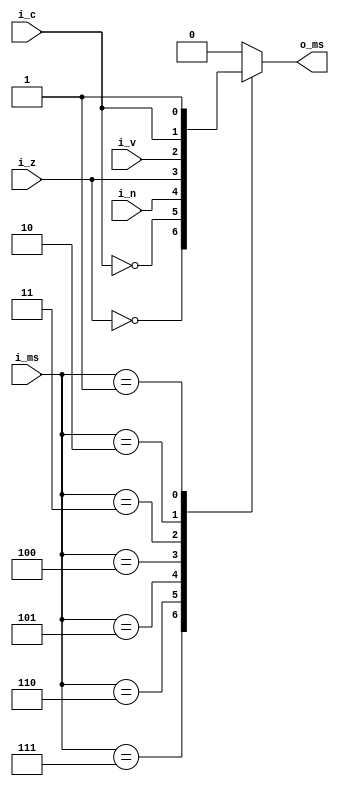

module mux_s(
input               [2:0]        i_ms,
input                            i_n,
input                            i_z,
input                            i_v,
input                            i_c,
output    reg                    o_ms
    );
    
always@*
    case(i_ms)
        3'b111     :       o_ms    =       ~i_z;
        3'b110     :       o_ms    =       ~i_c;
        3'b101     :       o_ms    =        i_n;
        3'b100     :       o_ms    =        i_z;
        3'b011     :       o_ms    =        i_v;
        3'b010     :       o_ms    =        i_c;
        3'b001     :       o_ms    =        1'b1;
        default    :       o_ms    =        1'b0;
    endcase
    
endmodule